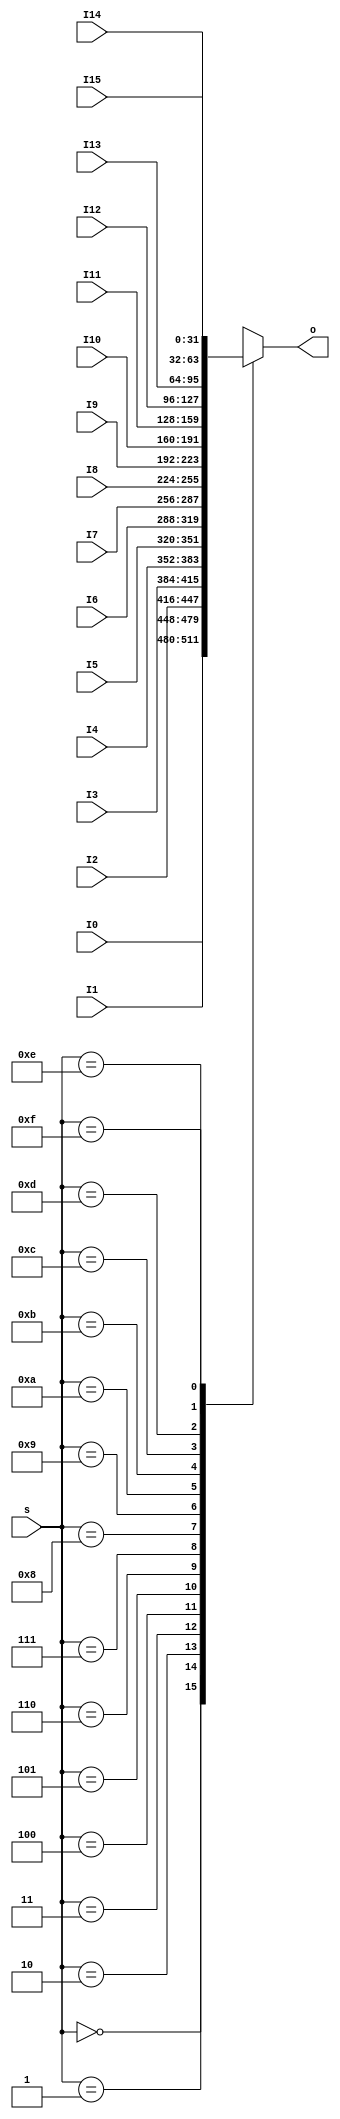
module  MUX16T1_32(input [3:0]s,
						 input [31:0]I0,
						 input [31:0]I1,
						 input [31:0]I2,
						 input [31:0]I3,
						 input [31:0]I4,
						 input [31:0]I5,
						 input [31:0]I6,
						 input [31:0]I7,
                   input [31:0]I8,
						 input [31:0]I9,
						 input [31:0]I10,
						 input [31:0]I11,
						 input [31:0]I12,
						 input [31:0]I13,
						 input [31:0]I14,
						 input [31:0]I15,						 
						 output reg [31:0]o
						 );
		always @ *			 
			case(s)
				4'd0: o = I0;
				4'd1: o = I1;
				4'd2: o = I2;
				4'd3: o = I3;
				4'd4: o = I4;
				4'd5: o = I5;
				4'd6: o = I6;
				4'd7: o = I7;
				4'd8: o = I8;
				4'd9: o = I9;
				4'd10: o = I10;
				4'd11: o = I11;
				4'd12: o = I12;
				4'd13: o = I13;
				4'd14: o = I14;
				4'd15: o = I15;
			endcase	
			
endmodule